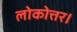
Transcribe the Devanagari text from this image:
लोकोत्तर।